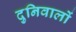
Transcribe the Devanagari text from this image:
दुनिवालों